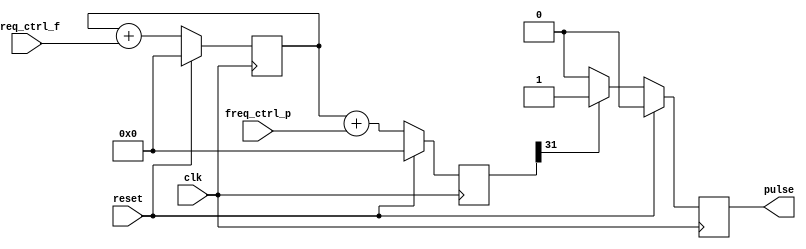
module dds_pulse 
#(
	//give the wide of the divide parameter
	//the mini_freq = 50M / (2 ** freq_w)
	parameter freq_w =32
)
(
	input clk,
	//input 1 would reset the circuit
	input reset,
	//the real_freq = (50M * freq_ctrl_f) / (2 ** freq_w)
	//
	//---------------------------------------
	//	[freq]	|	[freq_ctrl_f]	|
	//--------------|-----------------------|	
	//	10K	|	858,993		|
	//	30K	|	2,576,980	|
	//	50K	|	4,294,967	|
	//---------------------------------------
	//
	input [(freq_w-1) : 0] freq_ctrl_f,
	//the phase_delay = (freq_ctrl_p * 2 * pie) / (2 ** freq_w)
	input [(freq_w-1) : 0] freq_ctrl_p,
	output reg pulse
);


reg [(freq_w-1) : 0] cnt;
//the cnt_shadow is to use to add the freq_ctrl_p only when compare
reg [(freq_w-1) : 0] cnt_shadow;

initial begin
	cnt = 1'b0;
	pulse = 1'b0;
end

always@(posedge clk) begin
	if(reset == 0) begin
		cnt <= cnt + freq_ctrl_f;
		cnt_shadow <= cnt + freq_ctrl_p;
	end
	else begin
		cnt <= 1'b0;
		cnt_shadow <= 1'b0;
	end
end

always@(posedge clk) begin
	if(reset == 0) begin
		if(cnt_shadow[(freq_w - 1)] == 1) begin
			pulse <= 1'b1;
		end
		else begin 
			pulse <= 1'b0;
		end
	end
	else begin
		pulse <= 1'b0;
	end
end

endmodule